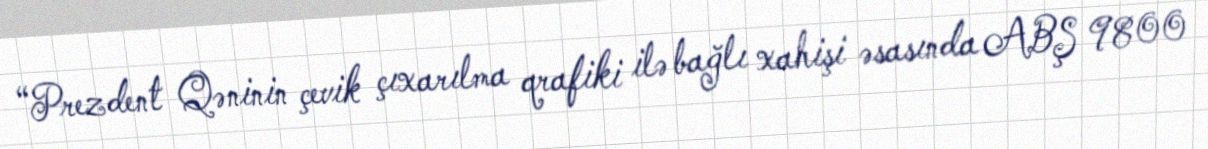
“Prezdent Qəninin çevik çıxarılma qrafiki ilə bağlı xahişi əsasında ABŞ 9800